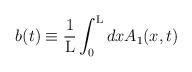
LaTeX: \begin{align*}b(t) \equiv \frac{1}{\rm L} \int_{0}^{\rm L} dxA_1(x,t)\end{align*}